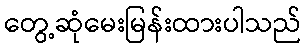
တွေ့ဆုံမေးမြန်းထားပါသည်